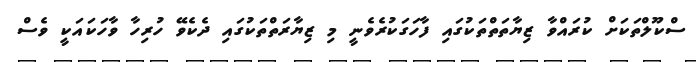
ސްކޫލްތަކަށް ކުރައްވާ ޒިޔާތަތްތަކުގައި ފާހަގަކުރެވެނީ މި ޒިޔާރަތްތަކުގައި ދެކެވޭ ހުރިހާ ވާހަކައަކީ ވެސް